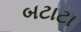
બટાટા